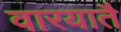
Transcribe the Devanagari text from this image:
वारयातै